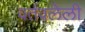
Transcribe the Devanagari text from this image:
वर्तवलेली